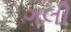
ગલી